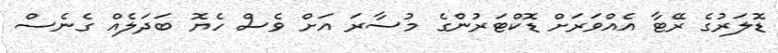
ޑޮލަރުގެ ރޭޓާ އެއްވަރަށް ޑޮކްޓަރުންގެ މުސާރަ އަށް ވެސް ހެޔޮ ބަދަލެއް ގެނެސް